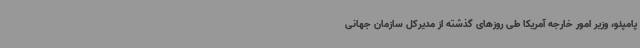
پامپئو، وزیر امور خارجه آمریکا طی روزهای گذشته از مدیرکل سازمان جهانی